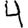
Digit: 4